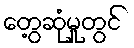
တွေ့ဆုံမှုတွင်